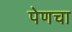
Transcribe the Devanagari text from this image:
पेणचा